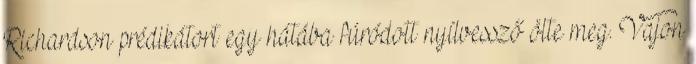
Richardson prédikátort egy hátába fúródott nyílvessző ölte meg. Vajon